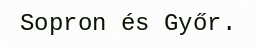
Sopron és Győr.